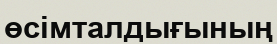
өсімталдығының